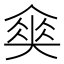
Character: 𡙫